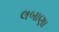
લબાણા